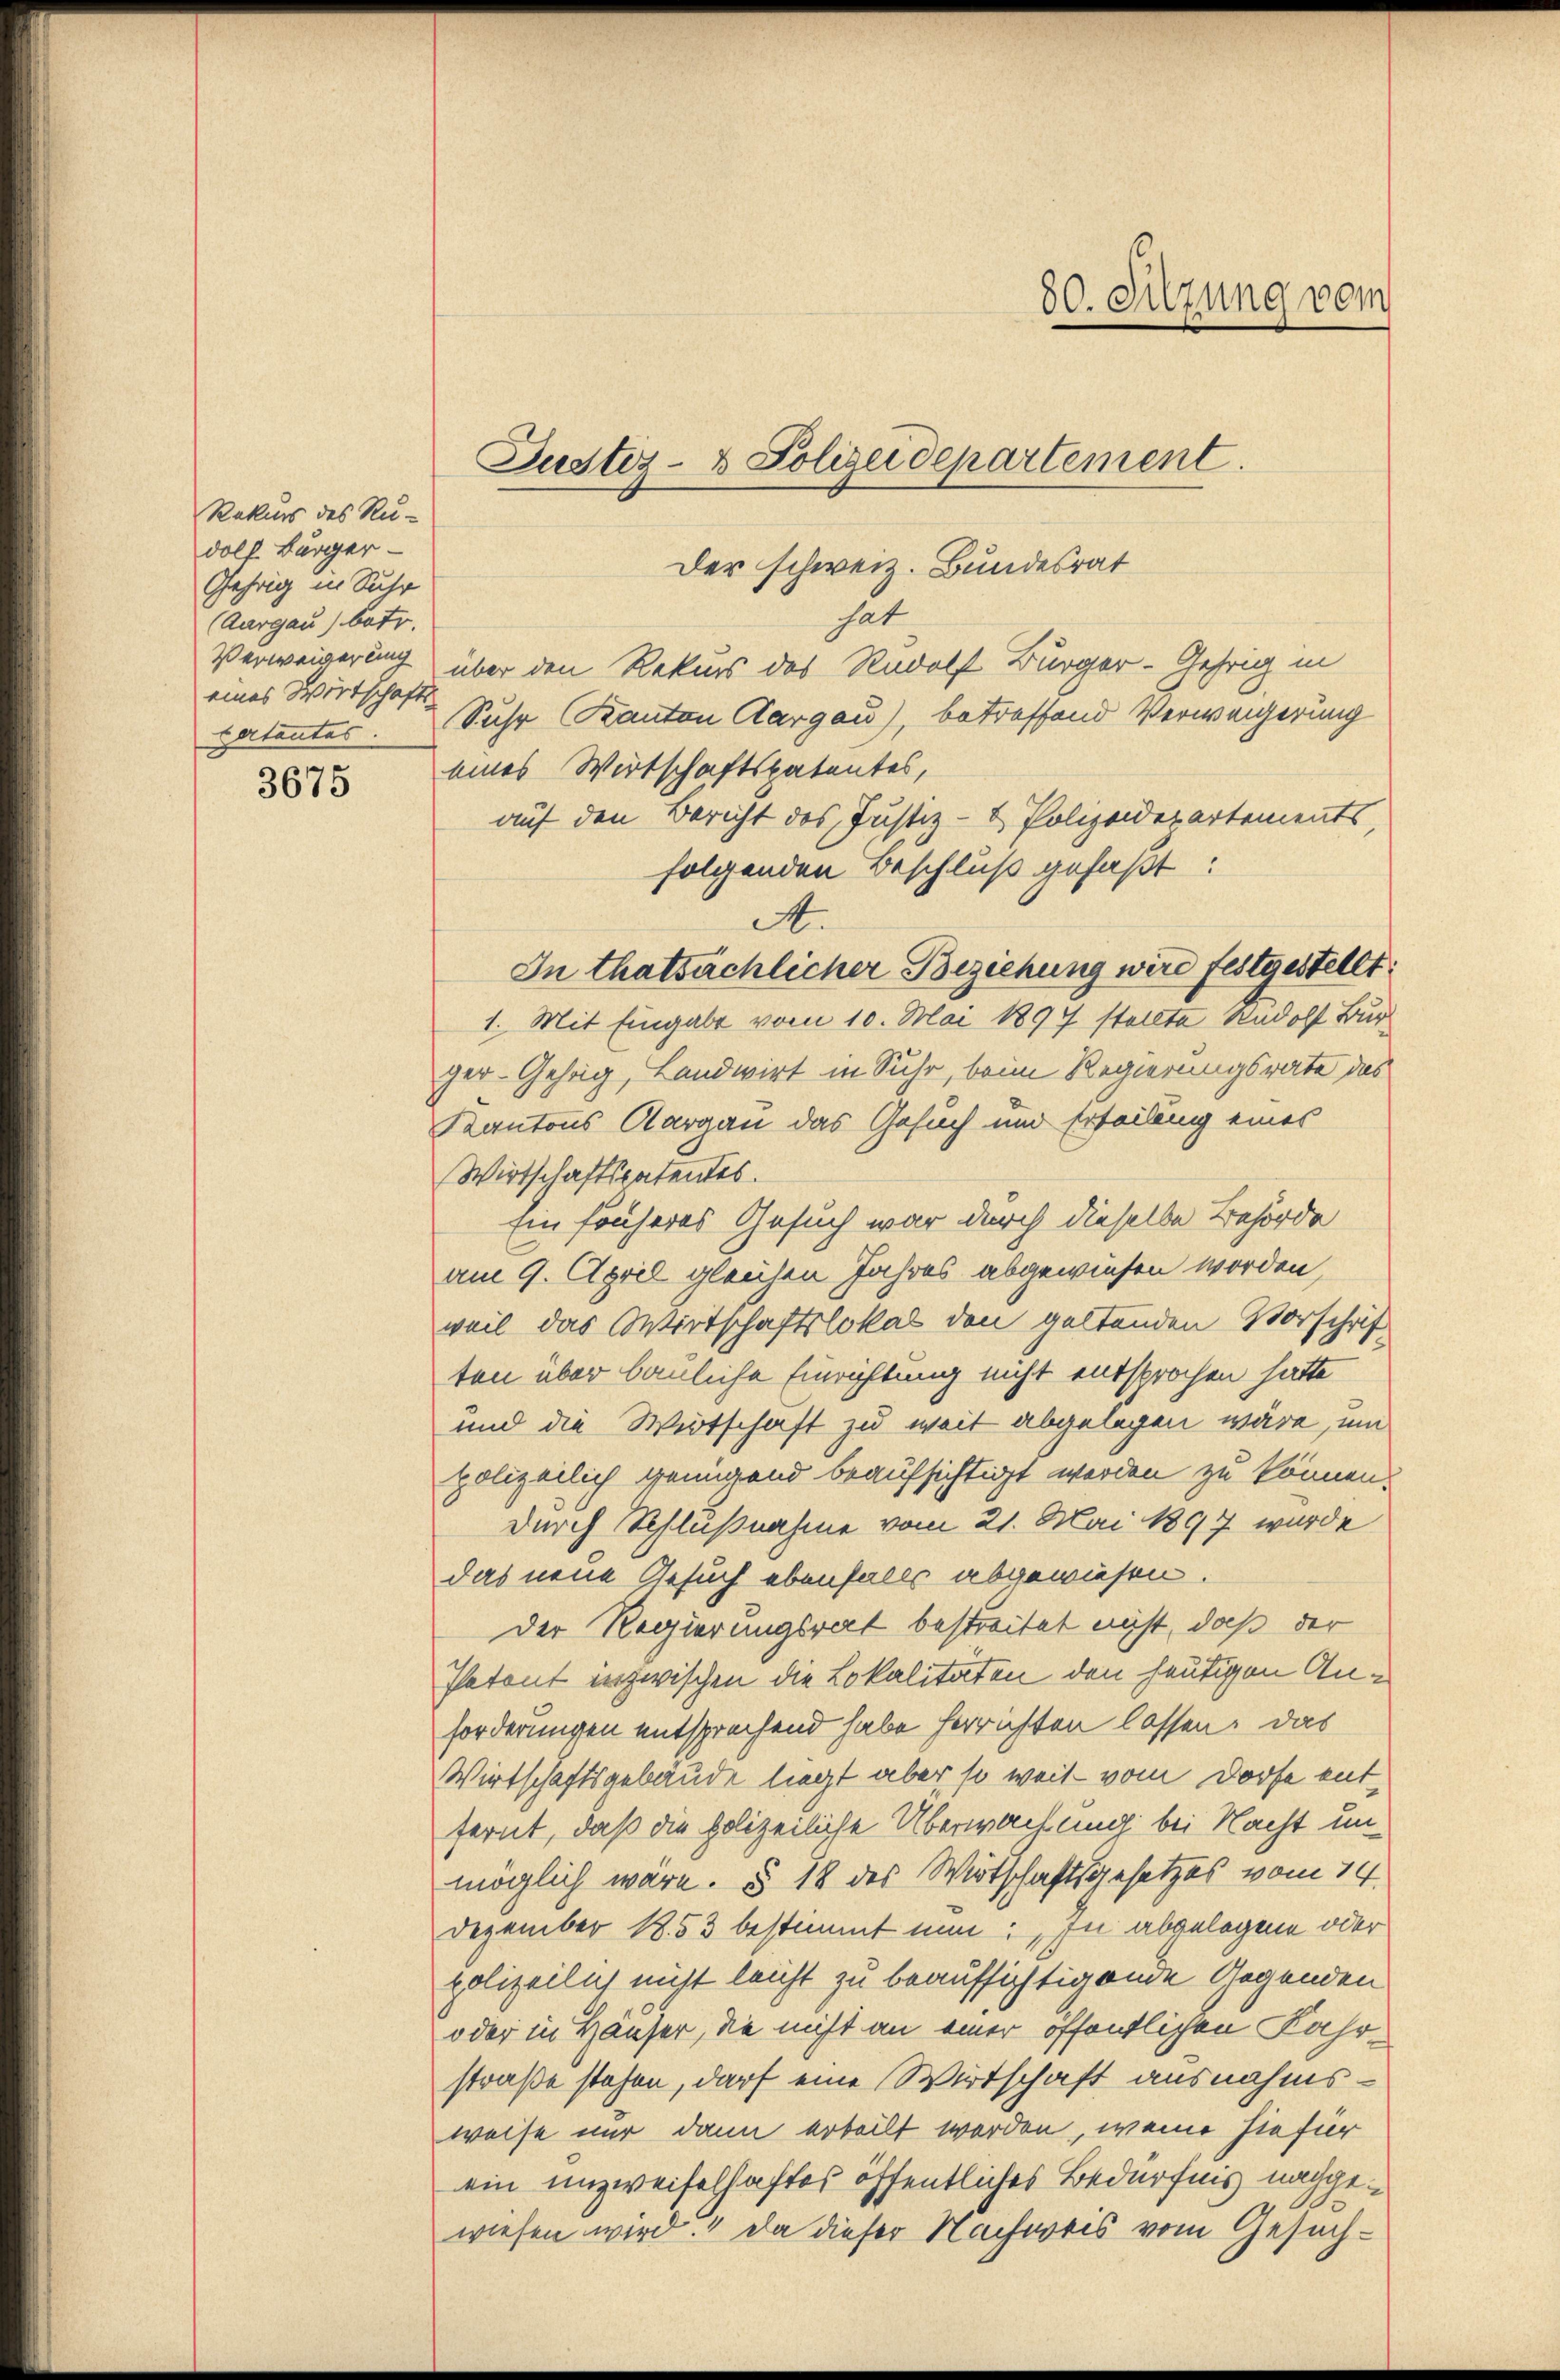
Rekurs des Ru-
dolf Bürger-
Gehrig in Suhr
(Aargau) betr.
eines Wortschafts-
tartantes.

3675

Der schweiz. Bundesrat
hat
Verweigerung über den Rekurs des Rudolf Bürger-Gehrig in
Suhr Kanton Aargau), betreffend Verweigerung
eines Wirtschaftspatentes,
auf den Bericht des Justiz- & Polizeidepartements,
folgenden Beschluß gefaßt:
A.
In thatsächlicher Beziehung wird festgestellt:
1. Mit Eingabe vom 10. Mai 1894 stellte Rudolf Bur
ger-Gehrig, Landwirt in Suhr, beim Regierungsrate des
Kantons Aargau das Gesuch und Erteilung eines
Wirtschaftspatentes.
Ein früheres Gesuch war durch dieselbe Behörde
am 9. April gleichen Jahres abgewiesen worden,
weil das Wirtschaftslokal den geltenden Vorschrif
ten über bauliche Einrichtung nicht entsprochen hätte
und die Wirtschaft zu weit abgelegen wäre, um
polizeilich genügend beaufsichtigt werden zu können.
durch Schlußnahme vom 21. Mai 1897 wurde
das neue Gesuch ebenfalls abgewiesen.
Der Regierungsrat bestreitet nicht, daß der
Patent inzwischen die Lokalitäten den heutigen Anforderungen entsprechend habe herrichten lassen. Das
Wirtschaftsgebäude liegt aber so weit vom Dorfe entfernt, daß die polizeiliche Überwachung bei Nacht unmöglich wäre. § 18 des Wirtschaftsgesetzes vom 14.
Dezember 1853 bestimmt nun: „In abgelegene oder
polizeilich nicht leicht zu beaufsichtigende Gegenden
oder in Häuser, die nicht an einer öffentlichen Fahrstraße stehen, darf eine Wirtschaft ausnahmsweise nur dann erteilt werden, wenn hiefür
ein unzweifelhaftes öffentliches Bedürfnis nachgewiesen wird. Da dieser Nachweis vom Gesuch¬

Justiz- & Polizeidepartement.

80. Sitzung vom